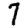
Digit: 7